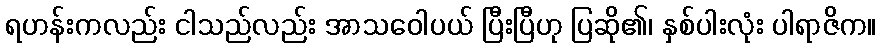
ရဟန်းကလည်း ငါသည်လည်း အာသဝေါပယ် ပြီးပြီဟု ပြဆို၏၊ နှစ်ပါးလုံး ပါရာဇိက။